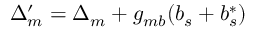
\Delta _ { m } ^ { \prime } = \Delta _ { m } + g _ { m b } ( b _ { s } + b _ { s } ^ { * } )